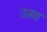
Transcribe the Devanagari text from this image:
उसा